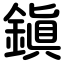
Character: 鎭